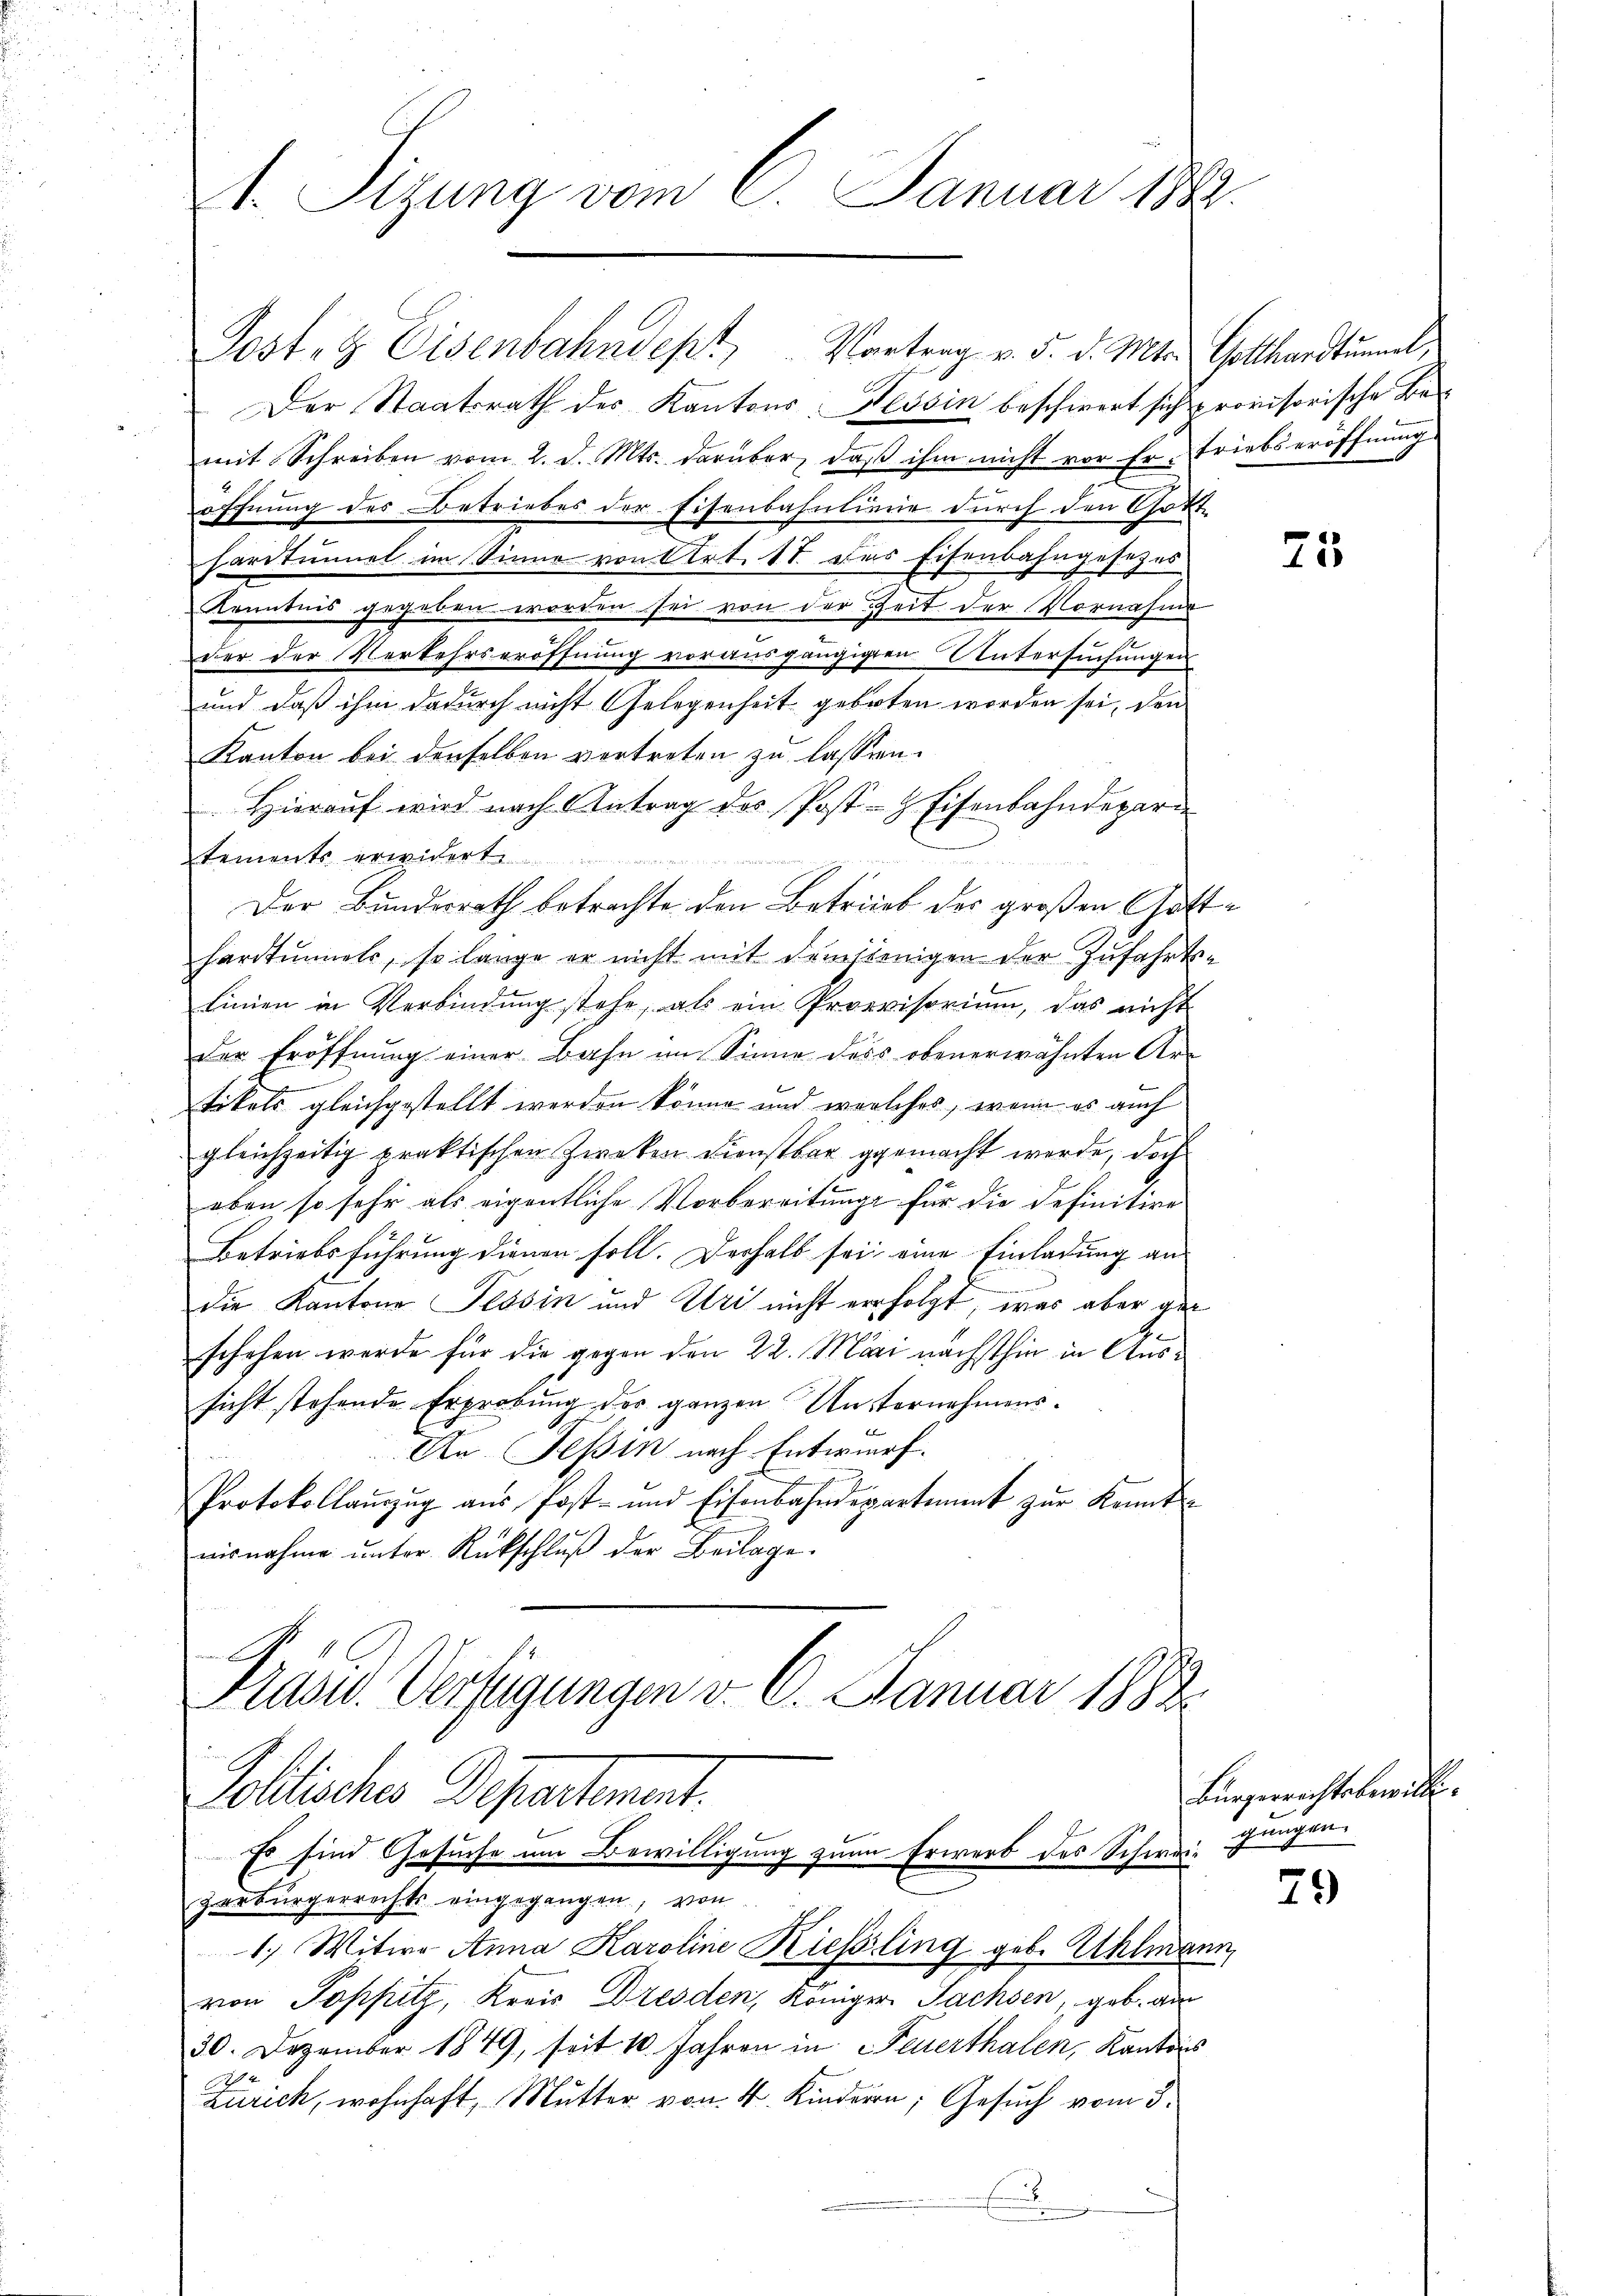
1. Sizung vom 6. Januar 1882.

Postenz Eisenbahndept, Vortrag v. 5. d. Mts. Gotthardtummel,
Der Staatsrath des Kantons: Nessin beschwert sich provisorische Be
mit Schreiben vom 2. d. Mts. darüber, daß ihm nicht vor Er- Triebseröffnung
öffnung des Betriebes der Eisenbahnlinie durch den Gott-
hardtunnel im Sinne von Art. 18. Das Eisenbahngesetzes
Kenntnis gegeben worden sei von der Zeit der Vornahme
ver der Verkehrseröffnung vorausgängigen Untersuchungen
und daß ihm dadurch nicht Gelegenheit geboten worden sei, den
Kanton bei denselben vertreten zu lassen.
Hieraŭf wird nach Antrag des Post- & Eisenbahndepari
tements erwidert
Der Bundesrath betrachte den Betrieb der großen Gatthartinets, so lange er nicht mit demstenigen der Zufahrts-
Linien in Verbindŭng stehe, als ein Proevisorium, das nicht
der Eröffnung einer Bahn im Sinne dess obenerwähnten Artikels gleichgestellt werden könne und welches, wenn es auch
gleichzeitig praktischen Zwecken Dienstbar gemacht werde, doch
oben so sehr als eigentliche Vorbereitung für die Definitive
Betriebsführung dienen soll. Deshalb sei eine Einladung an
die Kantons Tessin und Uri nicht erfolgt, was aber ger
schehen werde für die gegen den 22. Märi nächsthin in Aussicht stehende Erprobung der ganzen Unternehmens¬
An Teßin nach Entwurf.
Protokollanzŭg aŭs Post- und Eisenbahndepartient zŭr Kennt-
aisnahme unter Rückschluß der Beilage.
Präsid. Verfügungen v. 6. Januar 1882

Pollisches Departement.
Es sind Gesuche um Bewilligung zum Erwerb des Schweiz gingen
zerbürgerrechts eingegangen, von
1.) Witwe Anna Karoline Rießling geb. Uhlmann,

von Toppitz, Kreis Dresden, Königer Sachsen, geb. am
30. Dezember 1849, seit 10 Jahren in Feuerthalen, Kantons
Zürich, wohnhaft, Mutter von 4. Kindern; Gesuch vom 3.
d
.

25

Bürgerrechtsbewilli¬

79)